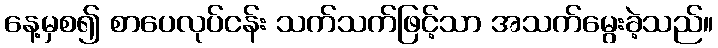
နေ့မှစ၍ စာပေလုပ်ငန်း သက်သက်ဖြင့်သာ အသက်မွေးခဲ့သည်။